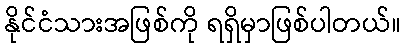
နိုင်ငံသားအဖြစ်ကို ရရှိမှာဖြစ်ပါတယ်။